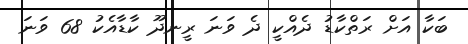
ބަކާ އަށް ރަތްކާޑު ދެއްކީ ދެ ވަނަ ރީނދޫ ކާޑާއެކު 68 ވަނަ